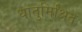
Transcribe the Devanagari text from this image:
धातुमिश्रित